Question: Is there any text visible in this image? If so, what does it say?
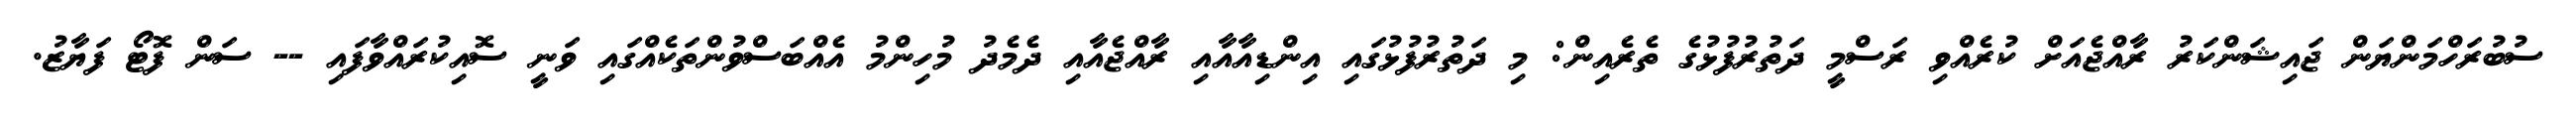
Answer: ސުބުރަހްމަންޔަން ޖައިޝަންކަރު ރާއްޖެއަށް ކުރެއްވި ރަސްމީ ދަތުރުފުޅުގެ ތެރެއިން: މި ދަތުރުފުޅުގައި އިންޑިއާއާއި ރާއްޖެއާއި ދެމެދު މުހިންމު އެއްބަސްވުންތަކެއްގައި ވަނީ ސޮއިކުރައްވާފައި -- ސަން ފޮޓޯ ފަޔާޒު.